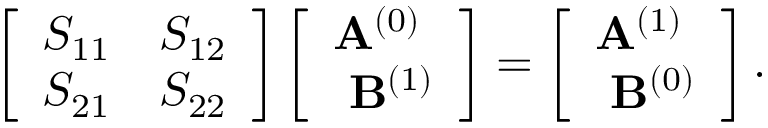
\left[ \begin{array} { l l } { S _ { 1 1 } } & { S _ { 1 2 } } \\ { S _ { 2 1 } } & { S _ { 2 2 } } \end{array} \right] \left[ \begin{array} { l } { \mathbf { A } ^ { ( 0 ) } } \\ { \ \mathbf { B } ^ { ( 1 ) } } \end{array} \right] = \left[ \begin{array} { l } { \mathbf { A } ^ { ( 1 ) } } \\ { \ \mathbf { B } ^ { ( 0 ) } } \end{array} \right] .